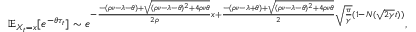
\mathbb { E } _ { X _ { t } = x } [ e ^ { - \theta \tau _ { t } } ] \sim e ^ { - \frac { - ( \rho \nu - \lambda - \theta ) + \sqrt { ( \rho \nu - \lambda - \theta ) ^ { 2 } + 4 \rho \nu \theta } } { 2 \rho } x + \frac { - ( \rho \nu - \lambda + \theta ) + \sqrt { ( \rho \nu - \lambda - \theta ) ^ { 2 } + 4 \rho \nu \theta } } { 2 } \sqrt { \frac { \pi } { \gamma } } ( 1 - N ( \sqrt { 2 \gamma } t ) ) } ,